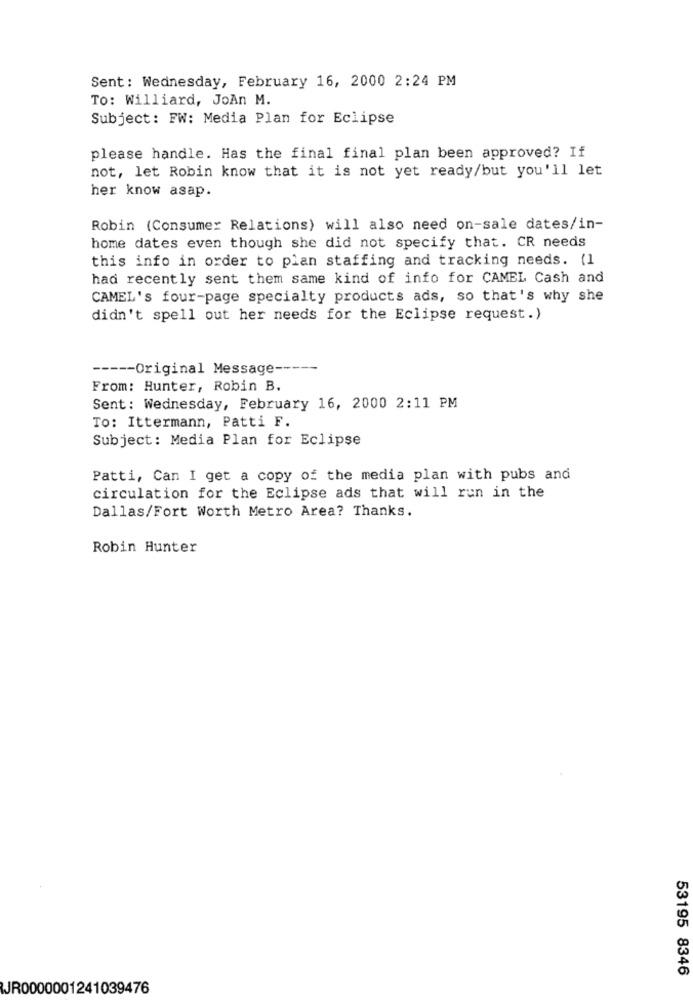
Sent: Wednesday, February 16, 2000 2:24 PM
To: Williard, JoAn M.
Subject: FW: Media Plan for Eclipse
please handle. Has the final final plan been approved? If
not, let Robin know that it is not yet ready/but you'll let
her know asap.
Robin (Consumer Relations) will also need on-sale dates/in-
home dates even though she did not specify that. CR needs
this info in order to plan staffing and tracking needs. (1
had recently sent them same kind of info for CAMEL Cash and
CAMEL's four-page specialty products ads, so that's why she
didn't spell out her needs for the Eclipse request.)
----- Original Message -----
From: Hunter, Robin B.
Sent: Wednesday, February 16, 2000 2:11 PM
To: Ittermann, Patti F.
Subject: Media Plan for Eclipse
Patti, Can I get a copy of the media plan with pubs and
circulation for the Eclipse ads that will run in the
Dallas/Fort Worth Metro Area? Thanks.
Robin Hunter
53195 8346
JR0000001241039476